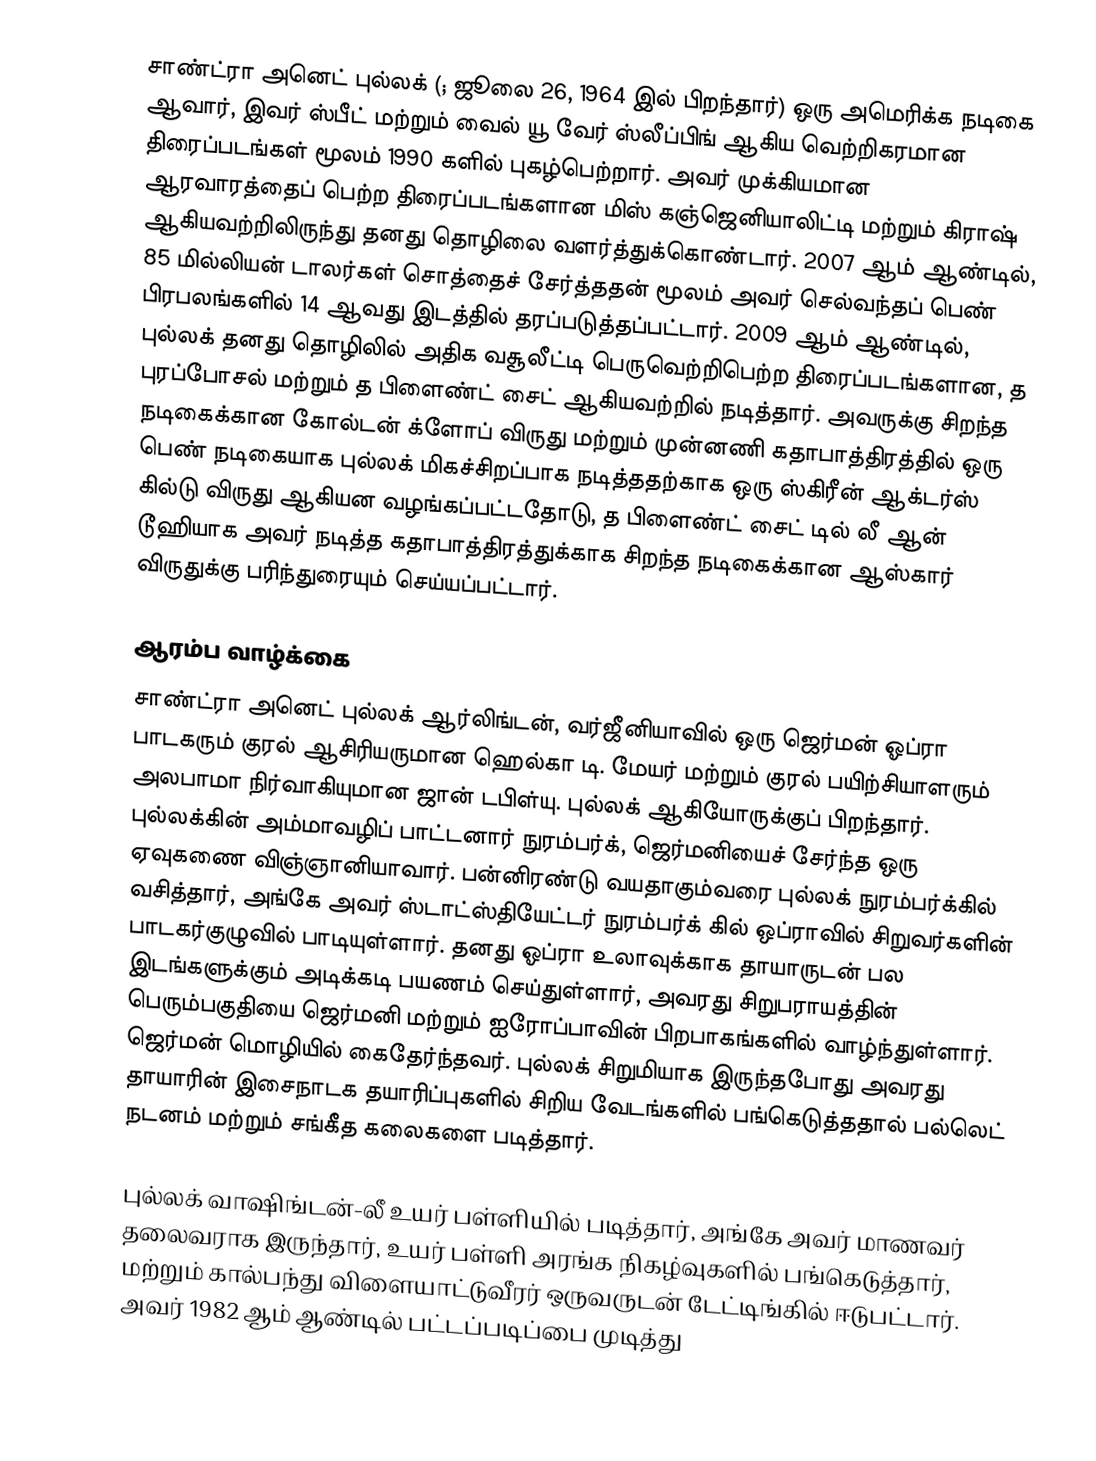
சாண்ட்ரா அனெட் புல்லக் (; ஜூலை 26, 1964 இல் பிறந்தார்) ஒரு அமெரிக்க நடிகை ஆவார், இவர் ஸ்பீட் மற்றும் வைல் யூ வேர் ஸ்லீப்பிங் ஆகிய வெற்றிகரமான திரைப்படங்கள் மூலம் 1990 களில் புகழ்பெற்றார். அவர் முக்கியமான ஆரவாரத்தைப் பெற்ற திரைப்படங்களான மிஸ் கஞ்ஜெனியாலிட்டி மற்றும் கிராஷ் ஆகியவற்றிலிருந்து தனது தொழிலை வளர்த்துக்கொண்டார். 2007 ஆம் ஆண்டில், 85 மில்லியன் டாலர்கள் சொத்தைச் சேர்த்ததன் மூலம் அவர் செல்வந்தப் பெண் பிரபலங்களில் 14 ஆவது இடத்தில் தரப்படுத்தப்பட்டார். 2009 ஆம் ஆண்டில், புல்லக் தனது தொழிலில் அதிக வசூலீட்டி பெருவெற்றிபெற்ற திரைப்படங்களான, த புரப்போசல்  மற்றும் த பிளைண்ட் சைட் ஆகியவற்றில் நடித்தார். அவருக்கு சிறந்த நடிகைக்கான கோல்டன் க்ளோப் விருது மற்றும் முன்னணி கதாபாத்திரத்தில் ஒரு பெண் நடிகையாக புல்லக் மிகச்சிறப்பாக நடித்ததற்காக ஒரு ஸ்கிரீன் ஆக்டர்ஸ் கில்டு விருது ஆகியன வழங்கப்பட்டதோடு, த பிளைண்ட் சைட் டில் லீ ஆன் டூஹியாக அவர் நடித்த கதாபாத்திரத்துக்காக சிறந்த நடிகைக்கான ஆஸ்கார் விருதுக்கு பரிந்துரையும் செய்யப்பட்டார்.

ஆரம்ப வாழ்க்கை
சாண்ட்ரா அனெட் புல்லக் ஆர்லிங்டன், வர்ஜீனியாவில் ஒரு ஜெர்மன் ஓப்ரா பாடகரும் குரல் ஆசிரியருமான ஹெல்கா டி. மேயர் மற்றும் குரல் பயிற்சியாளரும் அலபாமா நிர்வாகியுமான ஜான் டபிள்யு. புல்லக் ஆகியோருக்குப் பிறந்தார். புல்லக்கின் அம்மாவழிப் பாட்டனார் நுரம்பர்க், ஜெர்மனியைச் சேர்ந்த ஒரு ஏவுகணை விஞ்ஞானியாவார். பன்னிரண்டு வயதாகும்வரை புல்லக் நுரம்பர்க்கில் வசித்தார், அங்கே அவர் ஸ்டாட்ஸ்தியேட்டர் நுரம்பர்க் கில் ஒப்ராவில் சிறுவர்களின் பாடகர்குழுவில் பாடியுள்ளார். தனது ஓப்ரா உலாவுக்காக தாயாருடன் பல இடங்களுக்கும் அடிக்கடி பயணம் செய்துள்ளார், அவரது சிறுபராயத்தின் பெரும்பகுதியை ஜெர்மனி மற்றும் ஐரோப்பாவின் பிறபாகங்களில் வாழ்ந்துள்ளார். ஜெர்மன் மொழியில் கைதேர்ந்தவர். புல்லக் சிறுமியாக இருந்தபோது அவரது தாயாரின் இசைநாடக தயாரிப்புகளில் சிறிய வேடங்களில் பங்கெடுத்ததால் பல்லெட் நடனம் மற்றும் சங்கீத கலைகளை படித்தார்.

புல்லக் வாஷிங்டன்-லீ உயர் பள்ளியில் படித்தார், அங்கே அவர் மாணவர் தலைவராக இருந்தார், உயர் பள்ளி அரங்க நிகழ்வுகளில் பங்கெடுத்தார், மற்றும் கால்பந்து விளையாட்டுவீரர் ஒருவருடன் டேட்டிங்கில் ஈடுபட்டார். அவர் 1982 ஆம் ஆண்டில் பட்டப்படிப்பை முடித்து